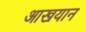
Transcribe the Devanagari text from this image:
आखयान